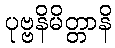
ပုဗ္ဗနိမိတ္တာနိ